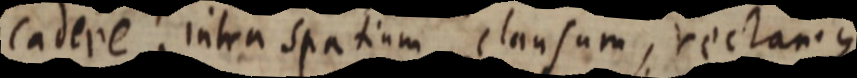
cadere intra spatium clausum, rectam que